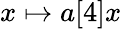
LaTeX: x\mapsto a[4]x